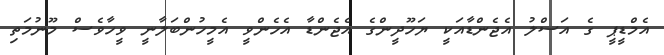
އެމްޑީޕީ ގެ އަސްލު އެޖެންޑާއަކީ ޔަހޫދީންގެ އެޖެންޑާ އެހެންވީ އެމީހުންބަލާނީ ވީހާވެސް މޫނުމަތި